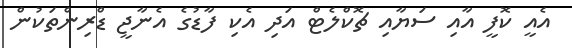
އެއީ ކޮފީ އާއި ސަޔާއި ޗޮކްލެޓް އަދި އެކި ފާޑުގެ އެނާޖީ ޑްރިންތަކުން